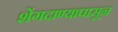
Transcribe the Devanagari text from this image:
शेंगदाण्यापासून